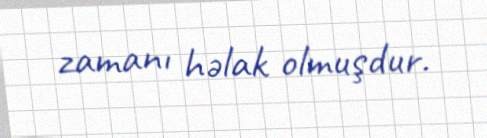
zamanı həlak olmuşdur.